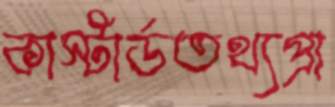
কাস্টার্ডতথ্যপ্রা